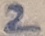
Text: 2